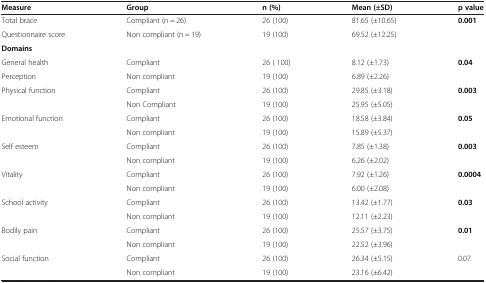
<table><thead><tr><td><b>Measure</b></td><td><b>Group</b></td><td><b>n (%)</b></td><td><b>Mean (±SD)</b></td><td><b>p value</b></td></tr></thead><tbody><tr><td>Total brace</td><td>Compliant (n = 26)</td><td>26 (100)</td><td>81.65 (±10.65)</td><td rowspan="2"><b>0.001</b></td></tr><tr><td>Questionnaire score</td><td>Non compliant (n = 19)</td><td>19 (100)</td><td>69.52 (±12.25)</td></tr><tr><td><b>Domains</b></td><td> </td><td> </td><td> </td><td> </td></tr><tr><td>General health</td><td>Compliant</td><td>26 ( 100)</td><td>8.12 (±1.73)</td><td rowspan="2"><b>0.04</b></td></tr><tr><td>Perception</td><td>Non compliant</td><td>19 (100)</td><td>6.89 (±2.26)</td></tr><tr><td rowspan="2">Physical function</td><td>Compliant</td><td>26 (100)</td><td>29.85 (±3.18)</td><td rowspan="2"><b>0.003</b></td></tr><tr><td>Non Compliant</td><td>19 (100)</td><td>25.95 (±5.05)</td></tr><tr><td rowspan="2">Emotional function</td><td>Compliant</td><td>26 (100)</td><td>18.58 (±3.84)</td><td rowspan="2"><b>0.05</b></td></tr><tr><td>Non compliant</td><td>19 (100)</td><td>15.89 (±5.37)</td></tr><tr><td rowspan="2">Self esteem</td><td>Compliant</td><td>26 (100)</td><td>7.85 (±1.38)</td><td rowspan="2"><b>0.003</b></td></tr><tr><td>Non compliant</td><td>19 (100)</td><td>6.26 (±2.02)</td></tr><tr><td rowspan="2">Vitality</td><td>Compliant</td><td>26 (100)</td><td>7.92 (±1.26)</td><td rowspan="2"><b>0.0004</b></td></tr><tr><td>Non compliant</td><td>19 (100)</td><td>6.00 (±2.08)</td></tr><tr><td rowspan="2">School activity</td><td>Compliant</td><td>26 (100)</td><td>13.42 (±1.77)</td><td rowspan="2"><b>0.03</b></td></tr><tr><td>Non compliant</td><td>19 (100)</td><td>12.11 (±2.23)</td></tr><tr><td rowspan="2">Bodily pain</td><td>Compliant</td><td>26 (100)</td><td>25.57 (±3.75)</td><td rowspan="2"><b>0.01</b></td></tr><tr><td>Non compliant</td><td>19 (100)</td><td>22.52 (±3.96)</td></tr><tr><td rowspan="2">Social function</td><td>Compliant</td><td>26 (100)</td><td>26.34 (±5.15)</td><td rowspan="2">0.07</td></tr><tr><td>Non compliant</td><td>19 (100)</td><td>23.16 (±6.42)</td></tr></tbody></table>